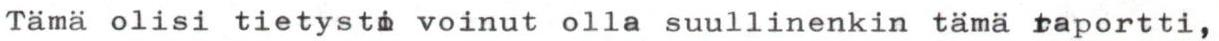
Tämä olisi tietysti voinut olla suullinenkin tämä raportti,